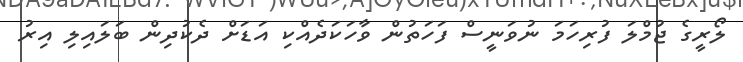
ލޯރީގެ ޖުމްލަ ފުރިހަމަ ނުވަނީސް ފަހަތުން ވާހަކަދެއްކި އަޑަށް ދެކުދިން ބަލައިލި އިރު